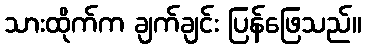
သားထိုက်က ချက်ချင်း ပြန်ဖြေသည်။